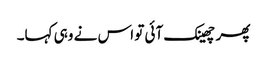
پھر چھینک آئی تو اس نے وہی کہا۔